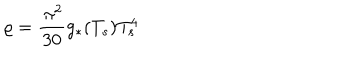
\varrho = \frac { \, \pi ^ { 2 } } { 3 0 } g _ { \ast } ( T _ { s } ) T _ { s } ^ { 4 }